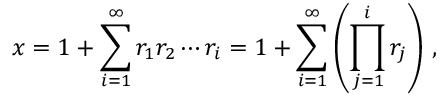
x = 1 + \sum _ { i = 1 } ^ { \infty } r _ { 1 } r _ { 2 } \cdots r _ { i } = 1 + \sum _ { i = 1 } ^ { \infty } \left( \prod _ { j = 1 } ^ { i } r _ { j } \right) \, ,